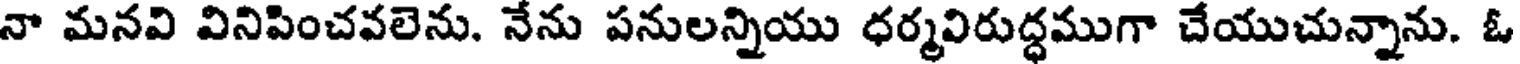
నా మనవి వినిపించవలెను. నేను పనులన్నియు ధర్మవిరుద్ధముగా చేయుచున్నాను. ఓ